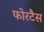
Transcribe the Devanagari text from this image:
फोरटैस